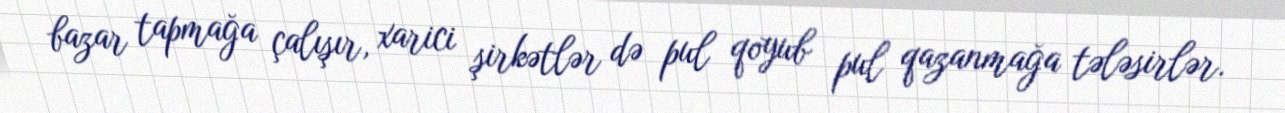
bazar tapmağa çalışır, xarici şirkətlər də pul qoyub pul qazanmağa tələsirlər.